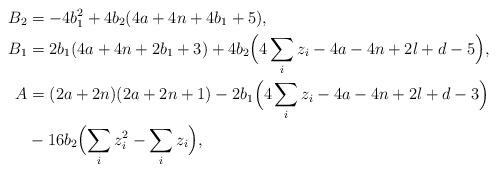
LaTeX: \begin{align*} B_2 &= - 4b_1^2 + 4b_2(4a+4n+4b_1+5), \\ B_1 &= 2b_1(4a+4n+2b_1+3) + 4b_2 \Bigl(4 \sum_i z_i - 4a-4n+2l+d-5\Bigr), \\ A &= (2a+2n)(2a+2n+1) - 2b_1 \Bigl(4 \sum_i z_i - 4a-4n+2l+d-3\Bigr) \\ &{} - 16b_2 \Bigl(\sum_i z_i^2 - \sum_i z_i\Bigr),\end{align*}